Civil Veterinary Department. Madras. Admin. report 1910-25 - 1910-1925
Year: 1910
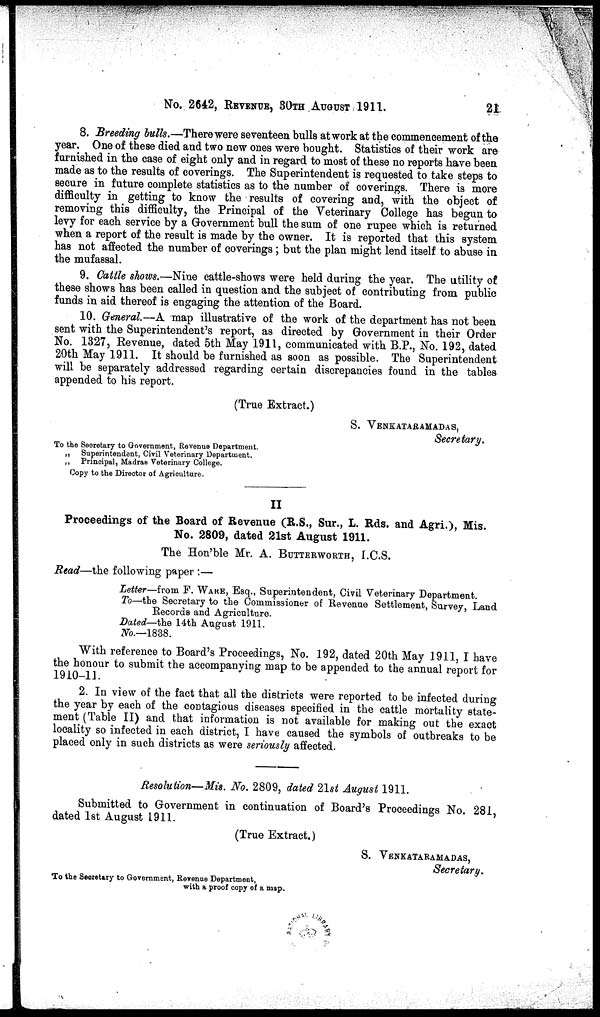
No. 2642, REVENUE, 30TH AUGUST 1911.
21
8. Breeding bulls.—There were seventeen bulls at work at the commencement of the
year. One of these died and two new ones were bought. Statistics of their work are
furnished in the case of eight only and in regard to most of these no reports have been
made as to the results of coverings. The Superintendent is requested to take steps to
secure in future complete statistics as to the number of coverings. There is more
difficulty in getting to know the results of covering and, with the object of
removing this difficulty, the Principal of the Veterinary College has begun to
levy for each service by a Government bull the sum of one rupee which is returned
when a report of the result is made by the owner. It is reported that this system
has not affected the number of coverings ; but the plan might lend itself to abuse in
the mufassal.
9. Cattle shows.—Nine cattle-shows were held during the year. The utility of
these shows has been called in question and the subject of contributing from public
funds in aid thereof is engaging the attention of the Board.
10. General.—A map illustrative of the work of the department has not been
sent with the Superintendent's report, as directed by Government in their Order
No. 1327, Revenue, dated 5th May 1911, communicated with B.P., No. 192, dated
20th May 1911. It should be furnished as soon as possible. The Superintendent
will be separately addressed regarding certain discrepancies found in the tables
appended to his report.
(True Extract.)
S. VENKATARAMADAS,
Secretary.
To the Secretary to Government, Revenue Department.
„
Superintendent, Civil Veterinary Department.
„
Principal, Madras Veterinary College.
Copy to the Director of Agriculture.
II
Proceedings of the Board of Revenue (R.S., Sur., L. Rds. and Agri.), Mis.
No. 2809, dated 21st August 1911.
The Hon'ble Mr. A. BUTTERWORTH, I.C.S.
Read—the following paper :—
Letter—from F. WARE Esq., Superintendent, Civil Veterinary Department.
To—the Secretary to the Commissioner of Revenue Settlement, Survey, Land
Records and Agriculture.
Dated—the 14th August 1911.
No.—1838.
With reference to Board's Proceedings, No. 192, dated 20th May 1911, I have
the honour to submit the accompanying map to be appended to the annual report for
1910-11.
2. In view of the fact that all the districts were reported to be infected during
the year by each of the contagious diseases specified in the cattle mortality state-
ment (Table II) and that information is not available for making out the exact
locality so infected in each district, I have caused the symbols of outbreaks to be
placed only in such districts as were seriously affected.
Resolution—Mis. No. 2809, dated 21st August 1911.
Submitted to Government in continuation of Board's Proceedings No. 281,
dated 1st August 1911.
(True Extract.)
S.
VENKATARAMADAS
Secretary.
To the Secretary to Government, Revenue Department,
with a proof copy of a map.